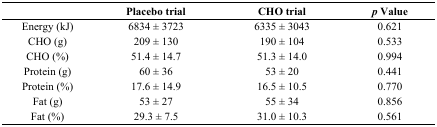
<table><thead><tr><td></td><td><b>Placebo trial</b></td><td><b>CHO trial</b></td><td><b><i>p</i> Value</b></td></tr></thead><tbody><tr><td>Energy (kJ)</td><td>6834 ± 3723</td><td>6335 ± 3043</td><td>0.621</td></tr><tr><td>CHO (g)</td><td>209 ± 130</td><td>190 ± 104</td><td>0.533</td></tr><tr><td>CHO (%)</td><td>51.4 ± 14.7</td><td>51.3 ± 14.0</td><td>0.994</td></tr><tr><td>Protein (g)</td><td>60 ± 36</td><td>53 ± 20</td><td>0.441</td></tr><tr><td>Protein (%)</td><td>17.6 ± 14.9</td><td>16.5 ± 10.5</td><td>0.770</td></tr><tr><td>Fat (g)</td><td>53 ± 27</td><td>55 ± 34</td><td>0.856</td></tr><tr><td>Fat (%)</td><td>29.3 ± 7.5</td><td>31.0 ± 10.3</td><td>0.561</td></tr></tbody></table>